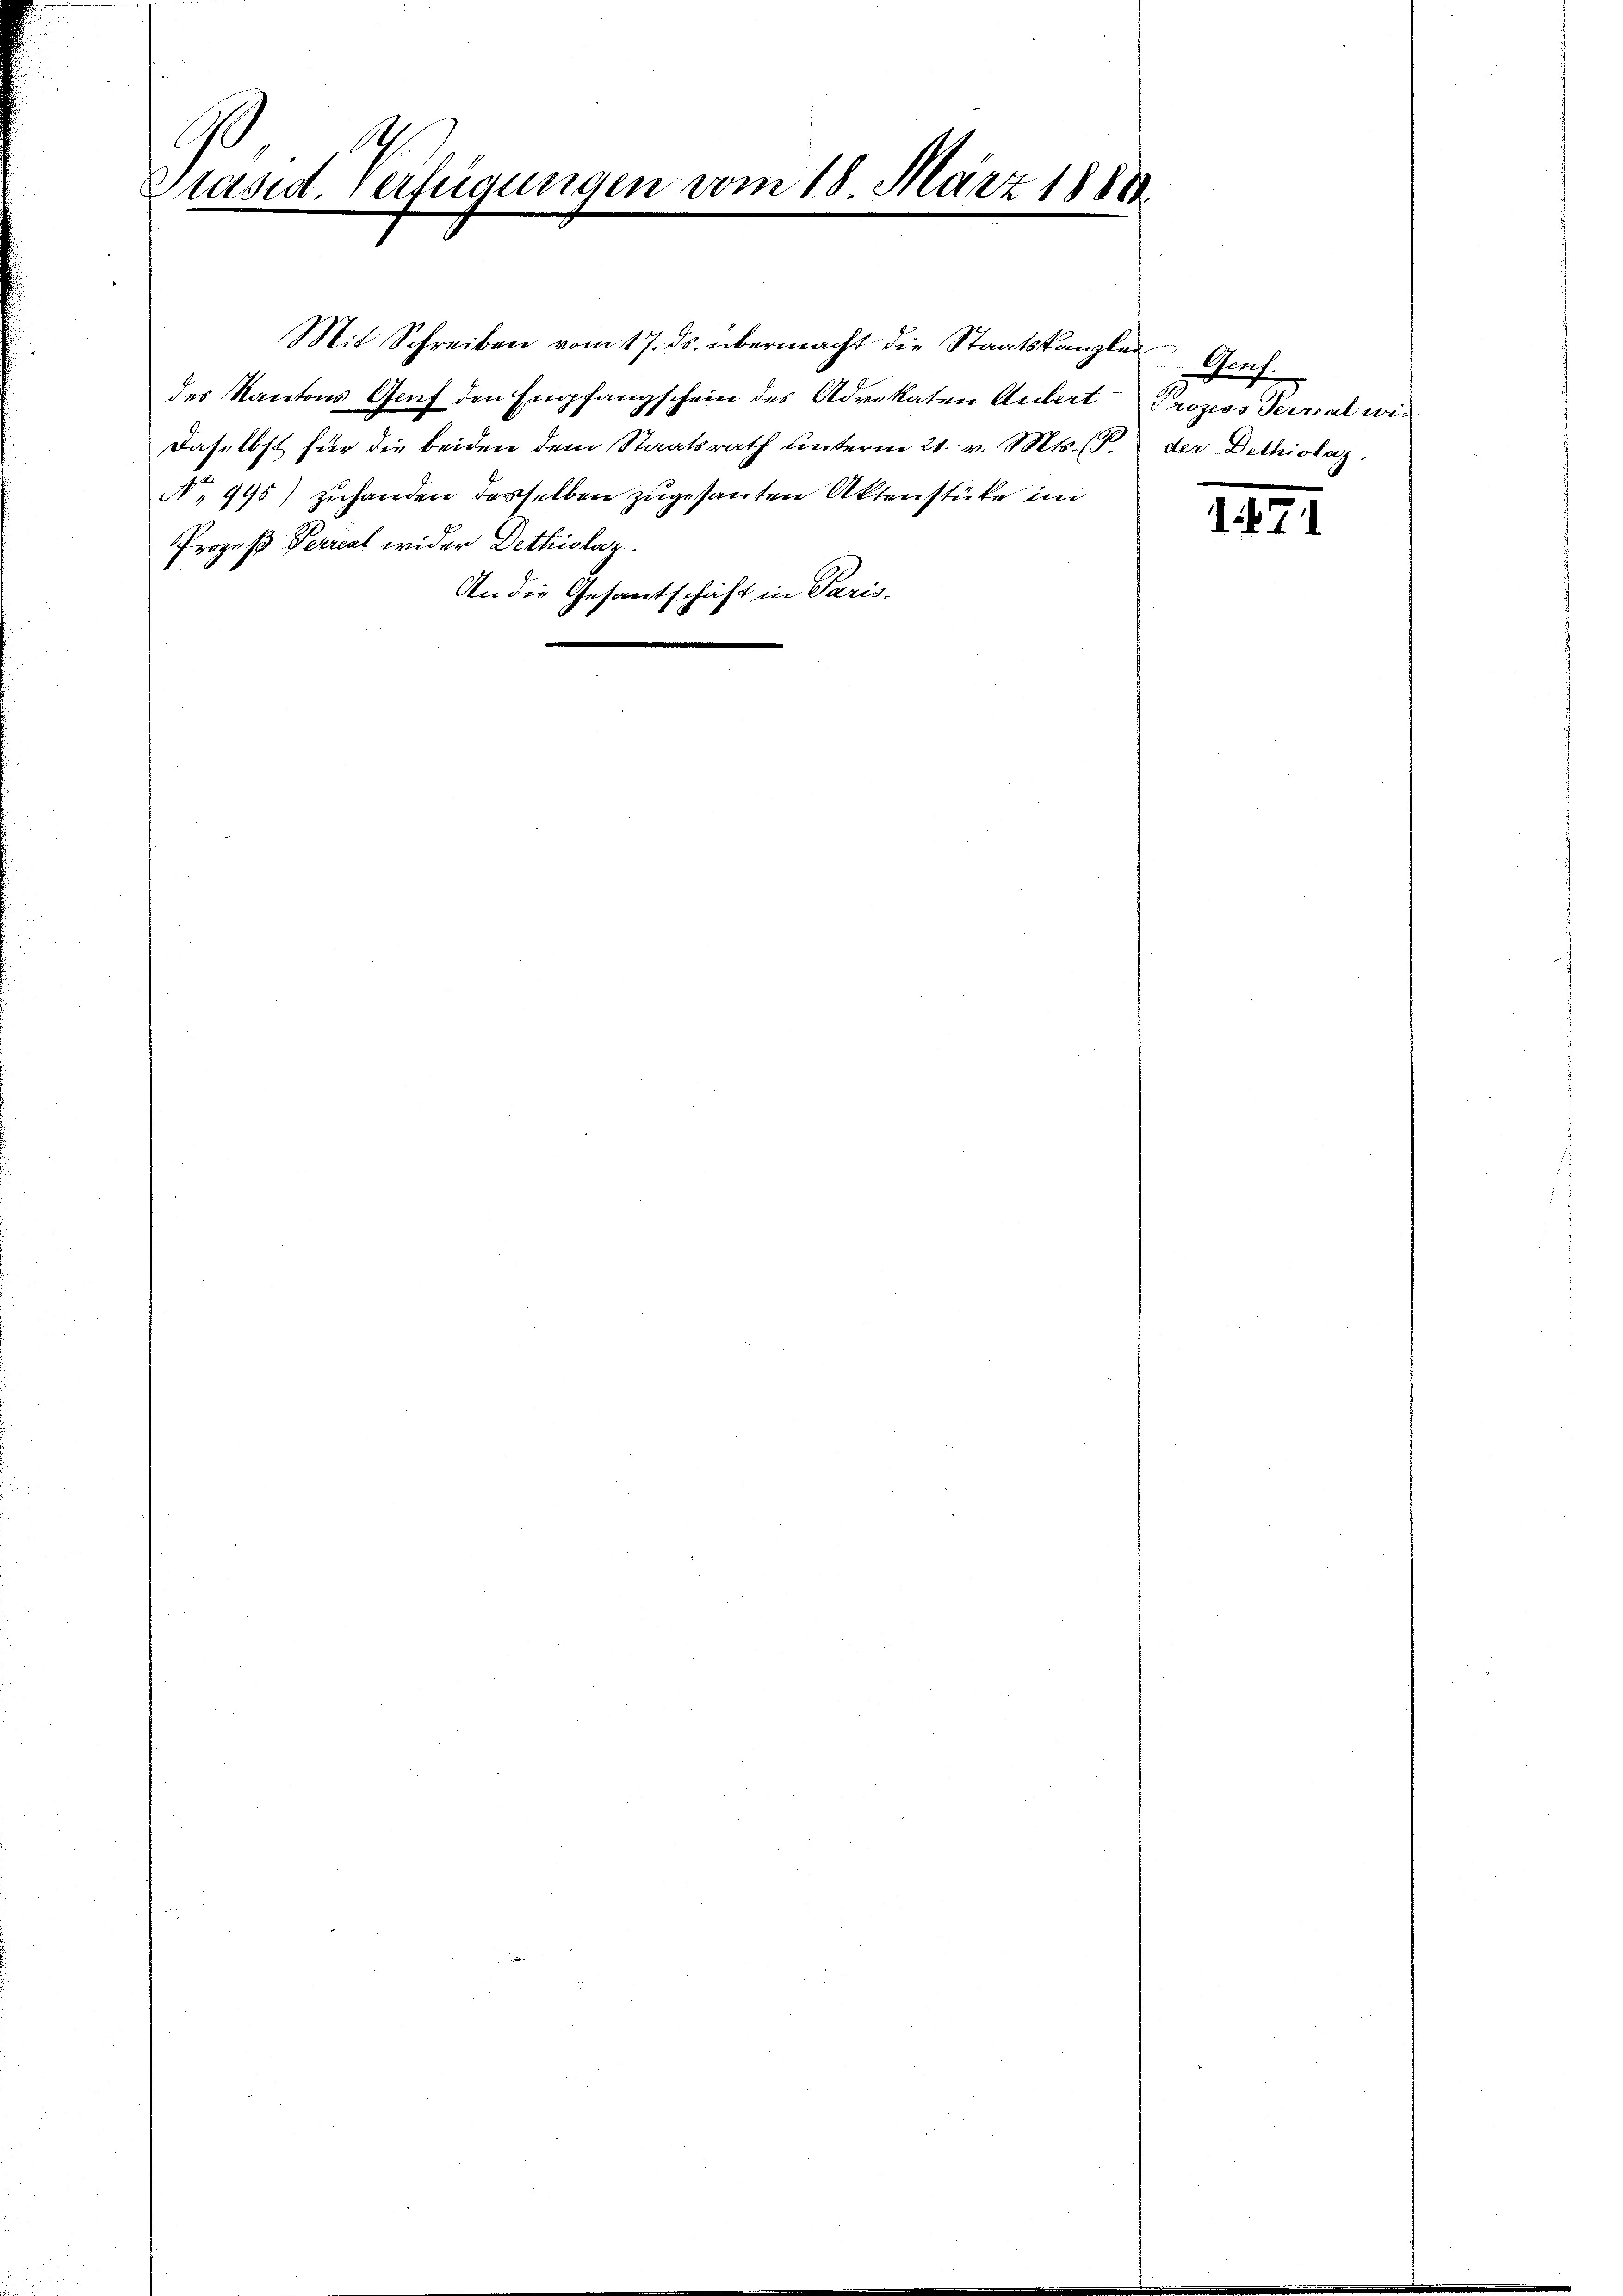
A
Präsid. Verfügungen vom 18. März 1888

Mit Schreiben vom 17. ds. übermacht die Staatskanzlei Graf.
des Kantons Genf den Empfangschein des Advokaten Andert Prozess Verreal widaselbst für die beiden dem Staatsrath unterm 21. v. Mts. (T. der Dethiolaz,
No 995) zuhanden desselben zugesanten Aktenstücke im
Prozeß Perrent wider Dethiolaz
An die Gesantschaft in Paris.

1821.